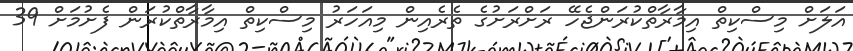
އަލަށް މިސްކިތް އިމާރާތްކުރަންޖެހޭ ރަށްރަށުގެ ތެރެއިން މިއަހަރު މިސްކިތް އިމާރާތްކުރަން ފެށުމަށް 39